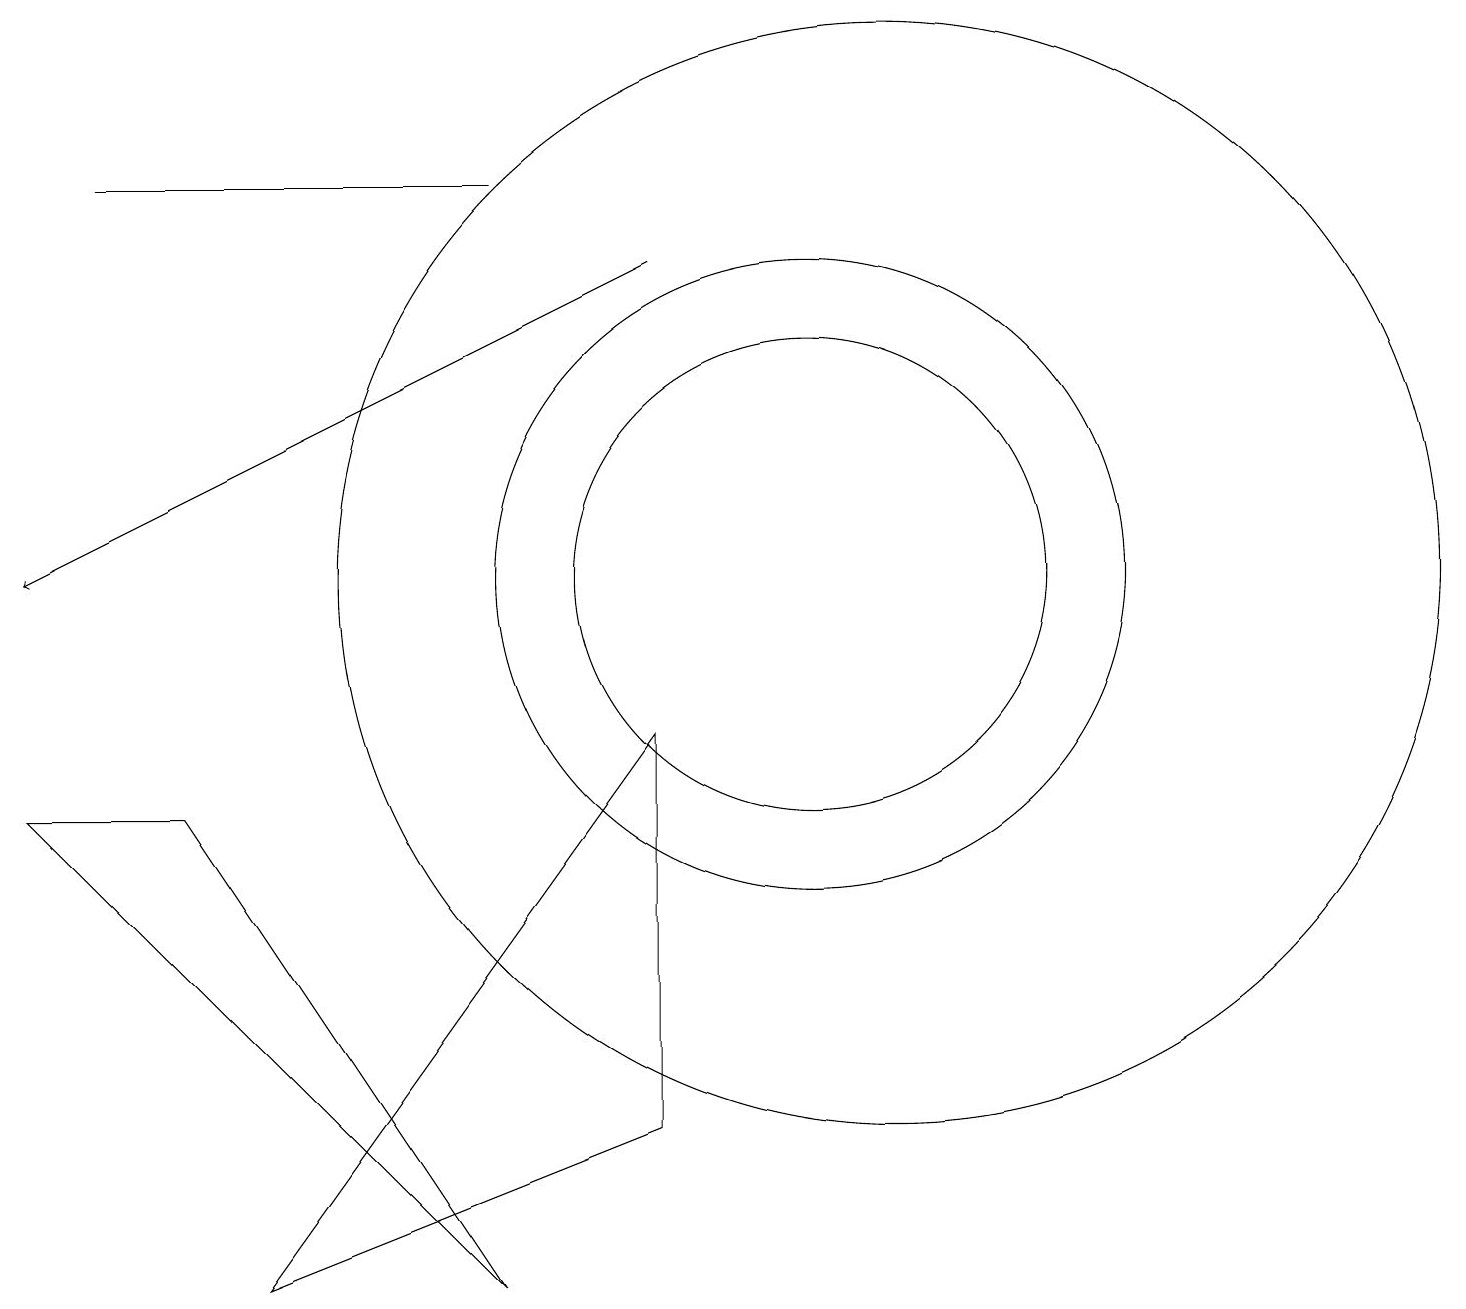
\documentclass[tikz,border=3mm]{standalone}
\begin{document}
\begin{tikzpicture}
\draw (1,16) rectangle (6,16);
\draw (11,11) circle (7);
\draw[->] (8,15) -- (0,11);
\draw (10,11) circle (3);
\draw (10,11) circle (4);
\draw (8,9) -- (3,2) -- (8,4) -- cycle;
\draw (6,2) -- (2,8) -- (0,8) -- cycle;
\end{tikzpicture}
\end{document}